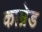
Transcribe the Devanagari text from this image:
काम्रेड